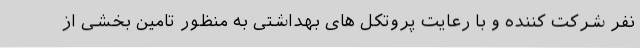
نفر شرکت کننده و با رعایت پروتکل های بهداشتی به منظور تامین بخشی از